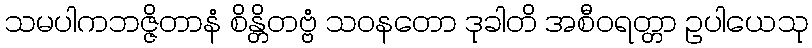
သမပါကဘဇ္ဇိတာနံ စိန္တိတဗ္ဗံ သဝနတော ဒုခါတိ အစီဝရတ္တာ ဥပါယေသု